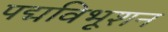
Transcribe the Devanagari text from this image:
पद्मविभूशन